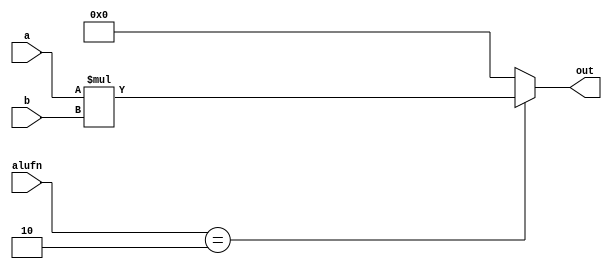
module multiplier_14 (
    input [7:0] a,
    input [7:0] b,
    input [5:0] alufn,
    output reg [7:0] out
  );
  
  
  
  always @* begin
    out = 1'h0;
    
    case (alufn)
      6'h02: begin
        out = a * b;
      end
    endcase
  end
endmodule